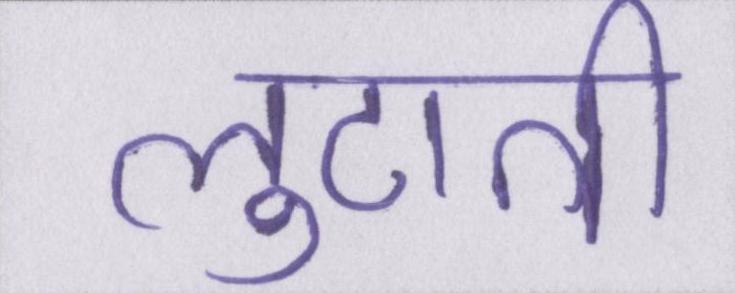
लुटाती